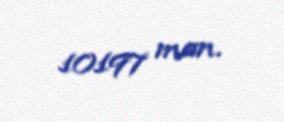
10197 man.